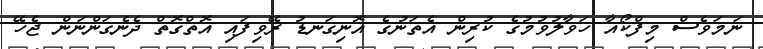
ނަމަވެސް މިފްކޯއާ ހަވާލުވުމުގެ ކުރިން އެތަނުގެ އޮނިގަނޑު ރޭވިފައި އޮތްގޮތް ދެނެގަންނަން ޖެހޭ